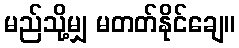
မည်သို့မျှ မတတ်နိုင်ချေ။